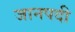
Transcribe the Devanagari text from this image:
जानपदी